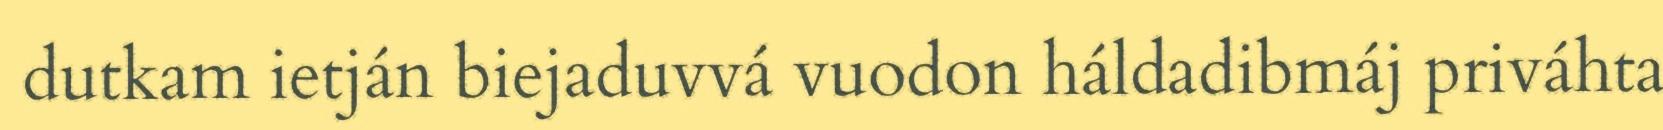
dutkam ietján biejaduvvá vuodon háldadibmáj priváhta